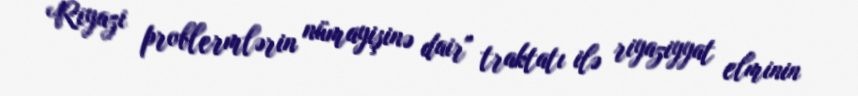
Riyazi problermlərin nümayişinə dair" traktatı ilə riyaziyyat elminin